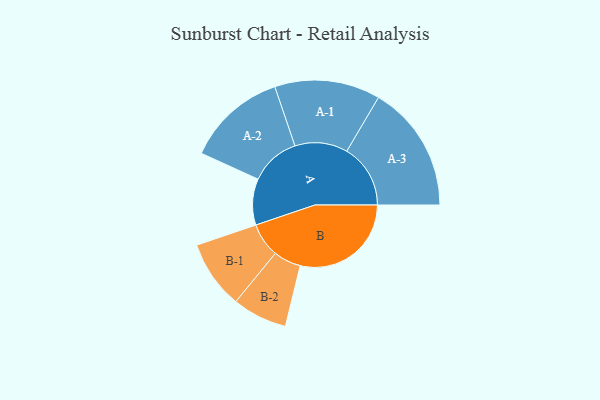
{"axis": {"x": "Segment", "y": "Value"}, "legend": ["", "A", "B"], "data": [{"x": "A", "y": 204, "type": ""}, {"x": "B", "y": 490, "type": ""}, {"x": "A-1", "y": 233, "type": "A"}, {"x": "A-2", "y": 221, "type": "A"}, {"x": "A-3", "y": 281, "type": "A"}, {"x": "B-1", "y": 151, "type": "B"}, {"x": "B-2", "y": 121, "type": "B"}]}